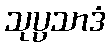
သုပ္ပသာဒံ